Investigations into the jail dietaries of the United Provinces with some observations on the influence of dietary on the physical development and well-being of the people of the United Provinces - Number 48
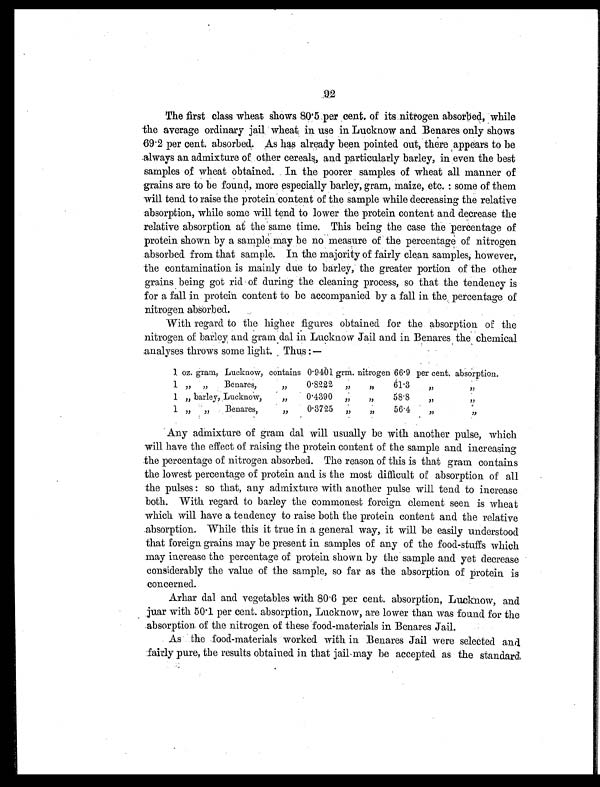
92
The first class wheat shows 80.5 per cent. of its nitrogen absorbed, while
the average ordinary jail wheat, in use in Lucknow and Benares only shows
69.2 per cent. absorbed. As has already been pointed out, there appears to be
always an admixture of other cereals, and particularly barley, in even the best
samples of wheat obtained. In the poorer samples of wheat all manner of
grains are to be found, more especially barley, gram, maize, etc. : some of them
will tend to raise the protein content of the sample while decreasing the relative
absorption, while some will tend to lower the protein content and decrease the
relative absorption at the same time. This being the case the percentage of
protein shown by a sample may be no measure of the percentage of nitrogen
absorbed from that sample. In the majority of fairly clean samples, however,
the contamination is mainly due to barley, the greater portion of the other
grains being got rid of during the cleaning process, so that the tendency is
for a fall in protein content to be accompanied by a fall in the percentage of
nitrogen absorbed.
With regard to the higher figures obtained for the absorption of the
nitrogen of barley and gram dal in Lucknow Jail and in Benares the chemical
analyses throws some light. Thus : —
1 oz. gram, Lucknow, contains 0.9401 grm. nitrogen 66.9 per cent. absorption.
1 „ „ Benares,
„
0.8222 „
„ 61.3
„
„
1 „ barley, Lucknow,
„
0.4390 „ „ 58.8
„
„
1 „ „ Benares,
„
0.3725 „ „ 56.4
„
„
Any admixture of gram dal will usually be with another pulse, which
will have the effect of raising the protein content of the sample and increasing
the percentage of nitrogen absorbed. The reason of this is that gram contains
the lowest percentage of protein and is the most difficult of absorption of all
the pulses : so that, any admixture with another pulse will tend to increase
both. With regard to barley the commonest foreign element seen is wheat
which will have a tendency to raise both the protein content and the relative
absorption. While this it true in a general way, it will be easily understood
that foreign grains may be present in samples of any of the food-stuffs which
may increase the percentage of protein shown by the sample and yet decrease
considerably the value of the sample, so far as the absorption of protein is
concerned.
Arhar dal and vegetables with 80.6 per cent. absorption, Lucknow, and
juar with 50.1 per cent. absorption, Lucknow, are lower than was found for the
absorption of the nitrogen of these food-materials in Benares Jail.
As the food-materials worked with in Benares Jail were selected and
fairly pure, the results obtained in that jail may be accepted as the standard